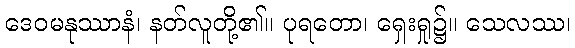
ဒေဝမနုဿာနံ၊ နတ်လူတို့၏။ ပုရတော၊ ရှေးရှု၌။ သေလဿ၊